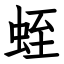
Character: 蛭